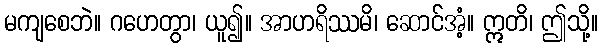
မကျစေဘဲ။ ဂဟေတွာ၊ ယူ၍။ အာဟရိဿမိ၊ ဆောင်အံ့။ ဣတိ၊ ဤသို့။